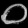
Digit: ၀